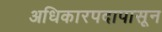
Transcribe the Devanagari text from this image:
अधिकारपदापासून